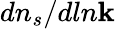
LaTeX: dn_{s}/dln\mathbf{k}